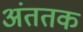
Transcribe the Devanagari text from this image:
अंततक